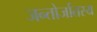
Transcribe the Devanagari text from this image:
जन्तोर्जातस्य